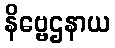
နိဗ္ဗေဌနာယ